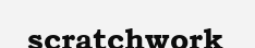
scratchwork